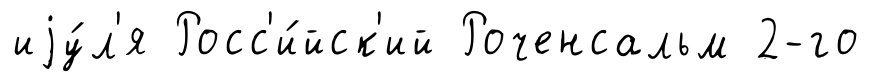
иjу́л'я Росс'и́йск'ий Роченсальм 2-го